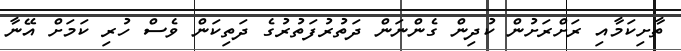
ތާށިކަމާއި ރަށްރަށުން ކުދިން ގެންނަން ދަތުރުފަތުރުގެ ދަތިކަން ވެސް ހުރި ކަމަށް އޭނާ